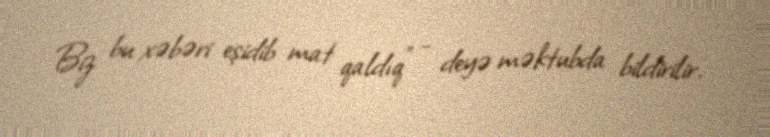
Biz bu xəbəri eşidib mat qaldıq” - deyə məktubda bildirilir.